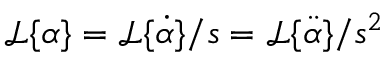
\mathcal { L } \{ \alpha \} = \mathcal { L } \{ \dot { \alpha } \} / s = \mathcal { L } \{ \ddot { \alpha } \} / s ^ { 2 }